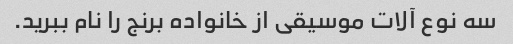
سه نوع آلات موسیقی از خانواده برنج را نام ببرید.